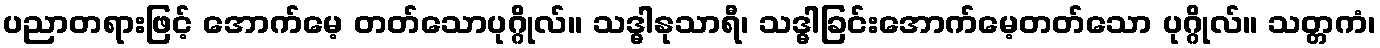
ပညာတရားဖြင့် အောက်မေ့ တတ်သောပုဂ္ဂိုလ်။ သဒ္ဓါနုသာရီ၊ သဒ္ဓါခြင်းအောက်မေ့တတ်သော ပုဂ္ဂိုလ်။ သတ္တကံ၊